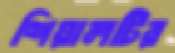
শিয়ালটির